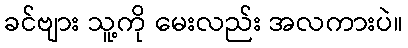
ခင်ဗျား သူ့ကို မေးလည်း အလကားပဲ။